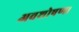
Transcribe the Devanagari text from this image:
अवशोषण।